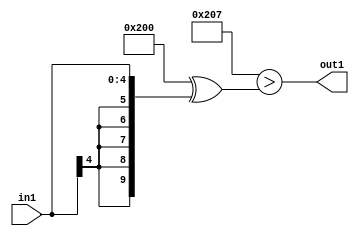
`timescale 1ps / 1ps
/*****************************************************************************
    Verilog RTL Description
    
    
    Created by: Stratus DpOpt 2019.1.01 
*******************************************************************************/

module dut_Lti7s5_1 (
	in1,
	out1
	); /* architecture "behavioural" */ 
input [4:0] in1;
output  out1;
wire  asc001;

assign asc001 = ((10'B1000000000 ^ 10'B0000000111)>(10'B1000000000 ^ {{5{in1[4]}}, in1}));

assign out1 = asc001;
endmodule

/* CADENCE  ubLzTQ8= : u9/ySgnWtBlWxVPRXgAZ4Og= ** DO NOT EDIT THIS LINE ******/